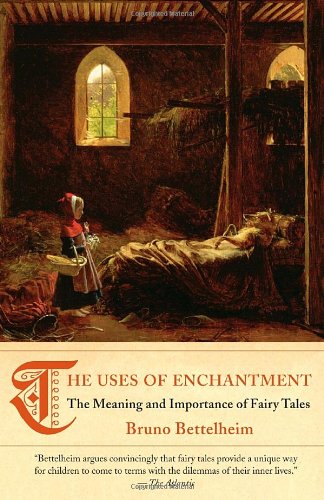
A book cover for The Uses of Enchantment: The Meaning and Importance of Fairy Tales; Bruno Bettelheim; Medical Books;